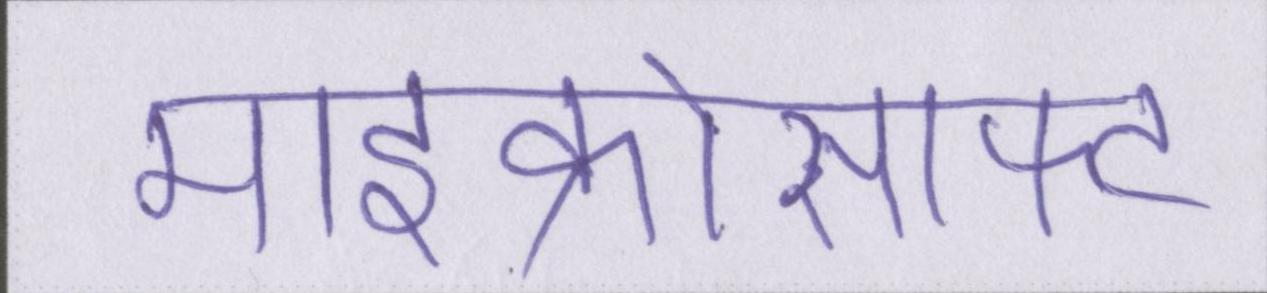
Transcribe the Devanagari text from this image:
माइक्रोसाफ्ट